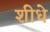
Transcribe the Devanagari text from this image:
शीधे